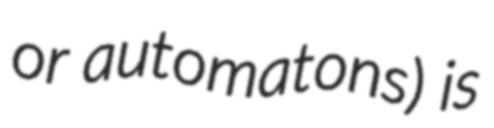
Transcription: or automatons) is